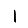
Digit: 1